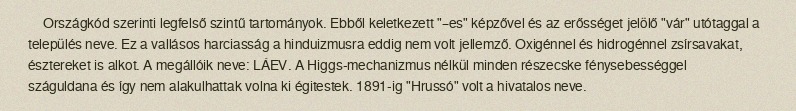
Országkód szerinti legfelső szintű tartományok. Ebből keletkezett "–es" képzővel és az erősséget jelölő "vár" utótaggal a település neve. Ez a vallásos harciasság a hinduizmusra eddig nem volt jellemző. Oxigénnel és hidrogénnel zsírsavakat, észtereket is alkot. A megállóik neve: LÁEV. A Higgs-mechanizmus nélkül minden részecske fénysebességgel száguldana és így nem alakulhattak volna ki égitestek. 1891-ig "Hrussó" volt a hivatalos neve.